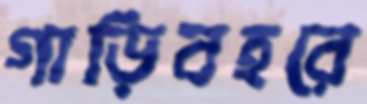
গাড়িবহরে